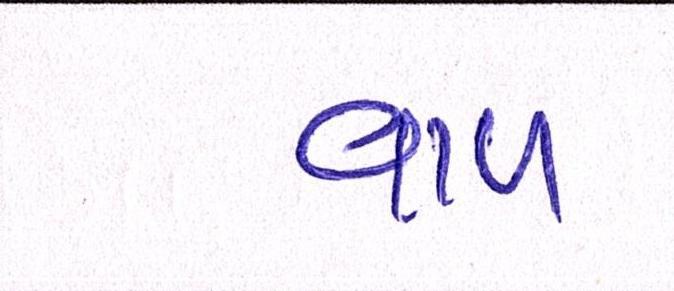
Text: વાળ